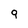
Character: 9